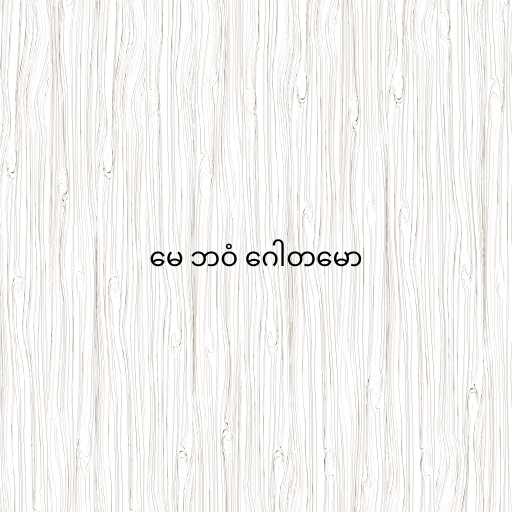
မေ ဘဝံ ဂေါတမော